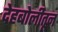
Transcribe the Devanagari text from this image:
देहबोलीतून